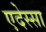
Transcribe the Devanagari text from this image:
एदेस्सा